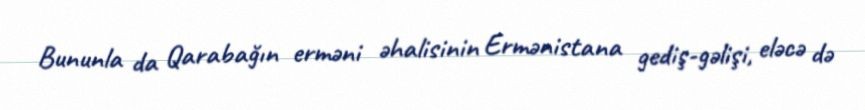
Bununla da Qarabağın erməni əhalisinin Ermənistana gediş-gəlişi, eləcə də